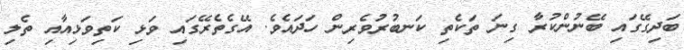
ބަދިގޭގައި ބޭނުންކުރާ ގިނަ ތަކެތި ކަނބުރުވެރިން ހަދައެވެ. އޭގެތެރޭގައި ވަޅި ކަތިވަޅިއާއި ތެލި